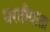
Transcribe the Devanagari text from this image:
धरतीमाता